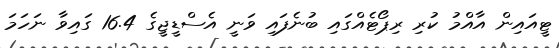
ޓީއައިން އާއްމު ކުރި ރިޕޯޓެއްގައި ބުނެފައި ވަނީ އެސްޑީޖީގެ 16.4 ގައިވާ ނަހަމަ